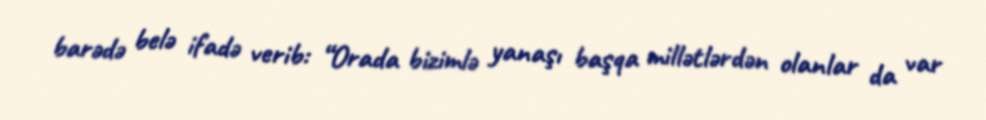
barədə belə ifadə verib: “Orada bizimlə yanaşı başqa millətlərdən olanlar da var